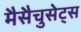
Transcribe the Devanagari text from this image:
मैसैचुसेट्स